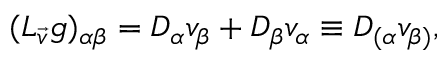
( { \cal L } _ { \vec { v } } g ) _ { \alpha \beta } = D _ { \alpha } v _ { \beta } + D _ { \beta } v _ { \alpha } \equiv D _ { ( \alpha } v _ { \beta ) } ,